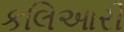
કલિઆરી